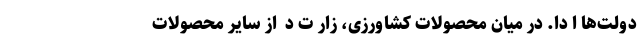
دولت‌ها ا دا. در میان محصولات کشاورزی، زار ت د  از سایر محصولات